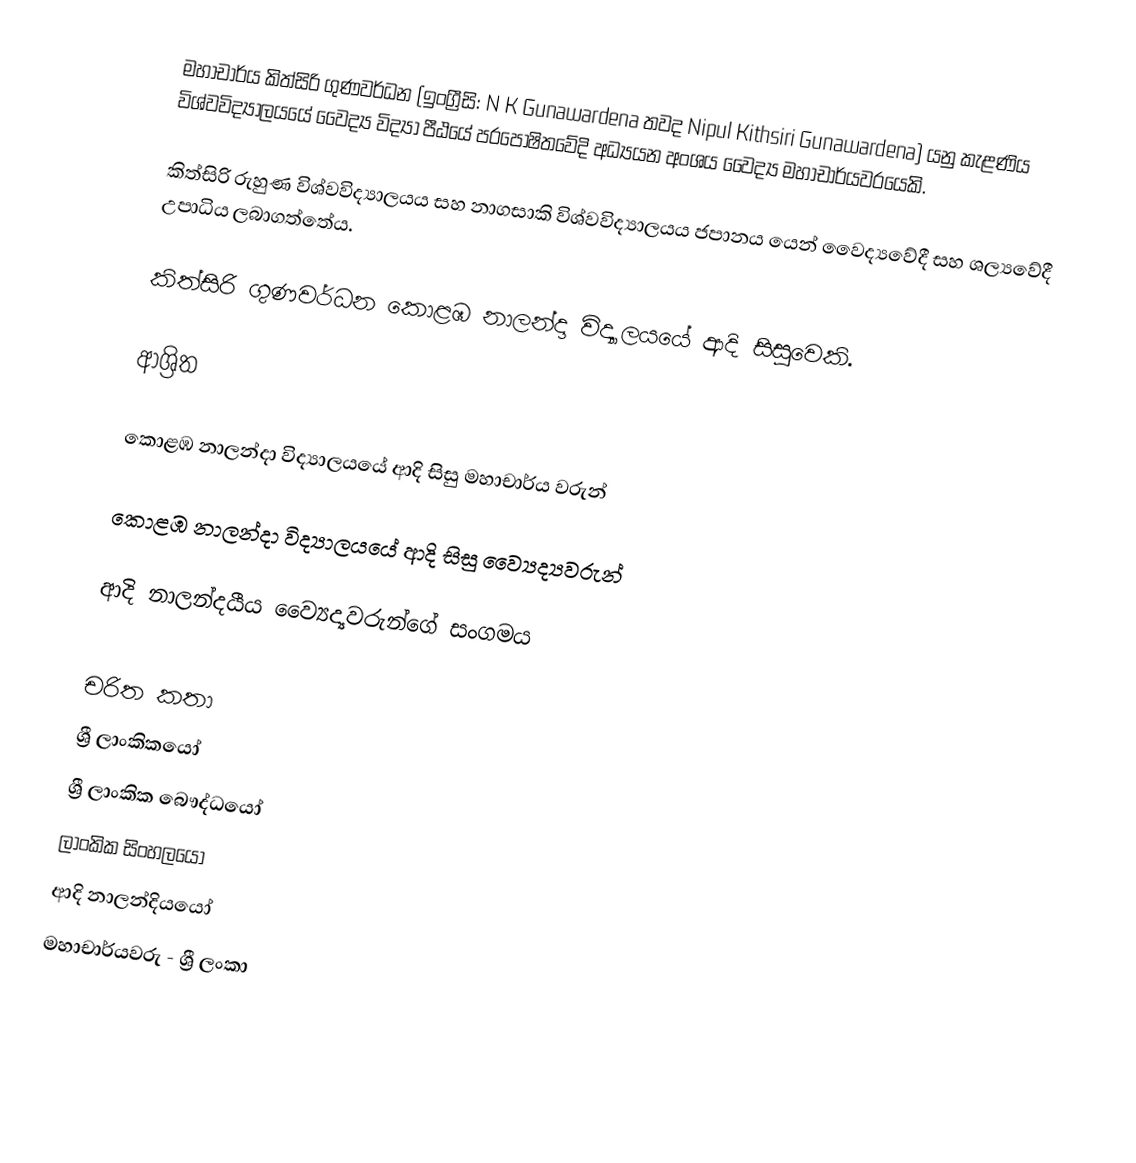
මහාචාර්ය කිත්සිරි ගුණවර්ධන  (ඉංග්‍රීසි: N K Gunawardena තවද Nipul Kithsiri Gunawardena) යනු  කැළණිය විශ්වවිද්‍යාලයයේ වෛද්‍ය විද්‍යා පීඨයේ   පරපෝෂිතවේදි අධ්‍යයන අංශය වෛද්‍ය මහාචාර්යවරයෙකි.

කිත්සිරි  රුහුණ විශ්වවිද්‍යාලයය සහ නාගසාකි විශ්වවිද්‍යාලයය ජපානය යෙන් වෛද්‍යවේදී සහ ශල්‍යවේදී උපාධිය ලබාගත්තේය.

කිත්සිරි ගුණවර්ධන  කොළඹ නාලන්දා විද්‍යාලයයේ ආදි සිසුවෙකි.

ආශ්‍රිත

 කොළඹ නාලන්දා විද්‍යාලයයේ ආදි සිසු මහාචාර්ය වරුන්

 කොළඹ නාලන්දා විද්‍යාලයයේ ආදි සිසු ව්‍යෛද්‍යවරුන්

 ආදි නාලන්දයීය ව්‍යෛද්‍යවරුන්ගේ සංගමය

චරිත කතා
ශ්‍රී ලාංකිකයෝ
ශ්‍රී ලාංකික බෞද්ධයෝ
ලාංකික සිංහලයෝ
ආදි නාලන්දියයෝ
මහාචාර්යවරු - ශ්‍රී ලංකා